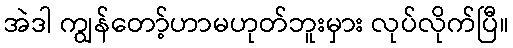
အဲဒါ ကျွန်တော့်ဟာမဟုတ်ဘူးမှား လုပ်လိုက်ပြီ။